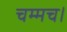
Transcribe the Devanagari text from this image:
चम्मच।